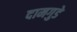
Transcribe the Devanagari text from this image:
दामगुडे